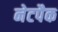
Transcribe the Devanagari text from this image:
नेटपैक